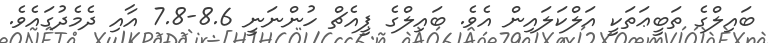
ބައިލްގެ ތަބީޢަތަކީ އަލްކަލައިން އެވެ. ބައިލްގެ ޕީއެޗް ހުންނަނީ 8.6-7.8 އާއި ދެމެދުގައެވެ.